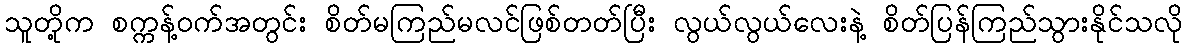
သူတို့က စက္ကန့်ဝက်အတွင်း စိတ်မကြည်မလင်ဖြစ်တတ်ပြီး လွယ်လွယ်လေးနဲ့ စိတ်ပြန်ကြည်သွားနိုင်သလို